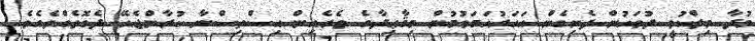
މުދާ މިލްކުވީ ދުވަހުން ފެށިގެން އަހަރުހަމަވުމުން މިޤާޢިދާގެ ތެރެއިން އިސްތިސްނާ ކުރާންޖެހޭ ދެގޮތެއްވެއެވެ.